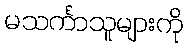
မသင်္ကာသူများကို